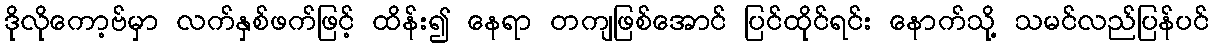
ဒိုလိုကော့ဗ်မှာ လက်နှစ်ဖက်ဖြင့် ထိန်း၍ နေရာ တကျဖြစ်အောင် ပြင်ထိုင်ရင်း နောက်သို့ သမင်လည်ပြန်ပင်